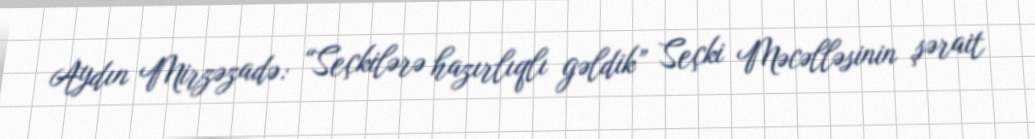
Aydın Mirzəzadə: “Seçkilərə hazırlıqlı gəldik” Seçki Məcəlləsinin şərait